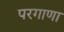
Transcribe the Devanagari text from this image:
परगाणा